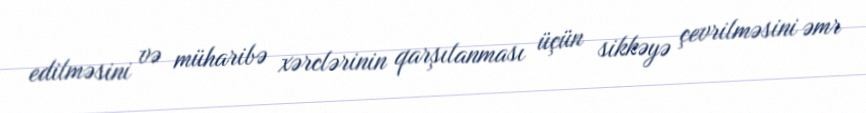
edilməsini və müharibə xərclərinin qarşılanması üçün sikkəyə çevrilməsini əmr